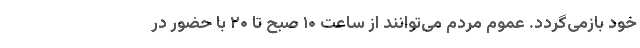
خود بازمی‌گردد. عموم مردم می‌توانند از ساعت ۱۰ صبح تا ۲۰ با حضور در